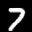
Label: 7